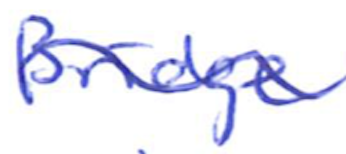
Text: Bridge
Cross-out: wave
Writing tool: ballpoint